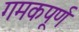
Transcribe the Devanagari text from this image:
गमकपूर्ण